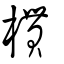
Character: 樌